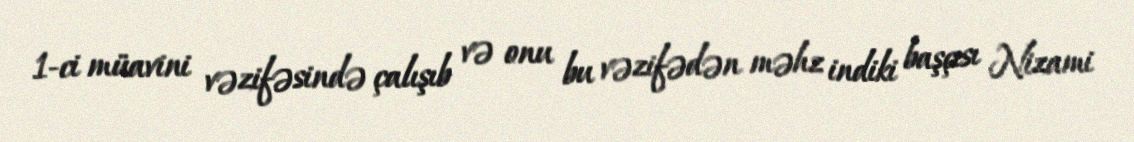
1-ci müavini vəzifəsində çalışıb və onu bu vəzifədən məhz indiki başçısı Nizami